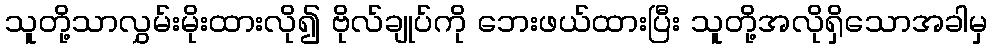
သူတို့သာလွှမ်းမိုးထားလို၍ ဗိုလ်ချုပ်ကို ဘေးဖယ်ထားပြီး သူတို့အလိုရှိသောအခါမှ